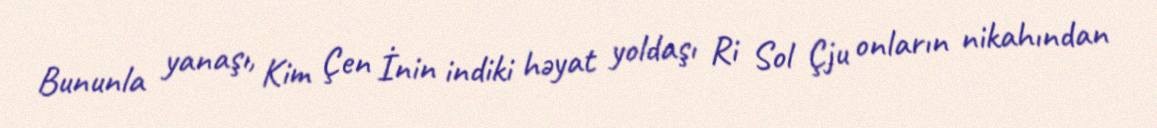
Bununla yanaşı, Kim Çen İnin indiki həyat yoldaşı Ri Sol Çju onların nikahından